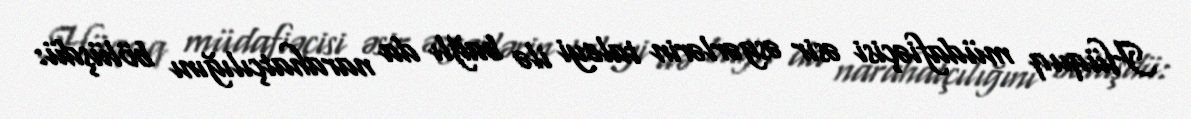
Hüquq müdafiəçisi əsir əsgərlərin taleyi ilə bağlı da narahatçılığını bölüşdü: